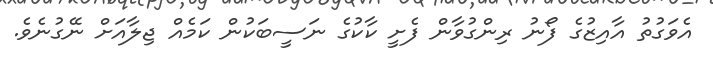
އެވަގުތު އާއިޒުގެ ފޯނު ރިންގުވާން ފެށީ ކާކުގެ ނަސީބަކުން ކަމެއް ޖިލާއަށް ނޭގުނެވެ.